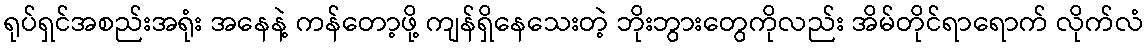
ရုပ်ရှင်အစည်းအရုံး အနေနဲ့ ကန်တော့ဖို့ ကျန်ရှိနေသေးတဲ့ ဘိုးဘွားတွေကိုလည်း အိမ်တိုင်ရာရောက် လိုက်လံ